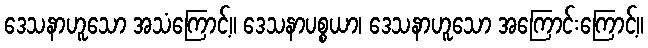
ဒေသနာဟူသော အသံကြောင့်။ ဒေသနာပစ္စယာ၊ ဒေသနာဟူသော အကြောင်းကြောင့်။